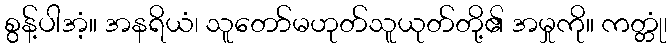
စွန့်ပါအံ့။ အနရိယံ၊ သူတော်မဟုတ်သူယုတ်တို့၏ အမှုကို။ ကတ္တုံ၊